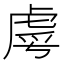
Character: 𮓣